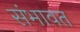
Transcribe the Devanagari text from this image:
संभावत